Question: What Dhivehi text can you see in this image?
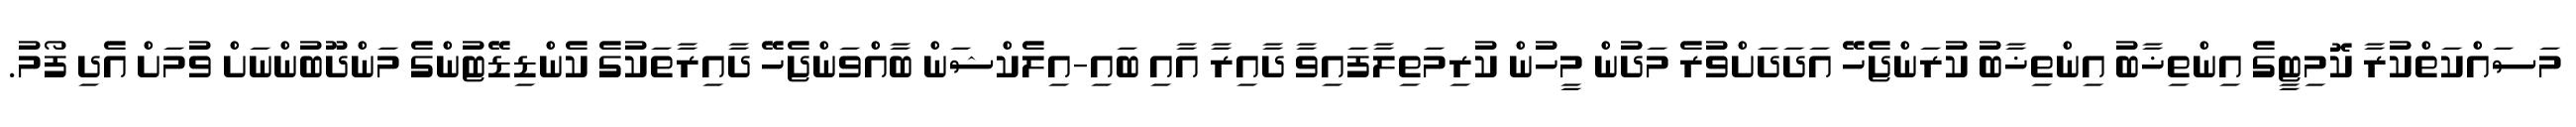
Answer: މަސައްކަތްކުރާ ކޮމިޓީގެ އިންތިޚާބު އިންތިޚާބު ކުރަންޖެހޭ އަދަދަށްވުރެ މަދުން މީހުން ކުރިމަތިލާފައިވާ ދާއިރާ އާއި ބައި-އިލެކްޝަން ބާއްވަންޖެހޭ ދާއިރާތަކުގެ ކެންޑިޑޭޓުންގެ މަންދޫބުންނަށް ވުމަށް އެދި ފޯމު.